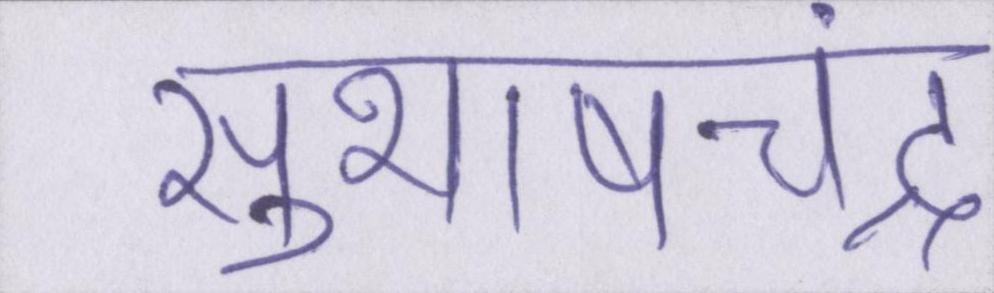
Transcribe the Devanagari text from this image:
सुभाषचंद्र